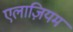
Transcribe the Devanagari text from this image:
एलाज़ियम